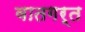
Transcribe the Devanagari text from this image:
वातगर्त